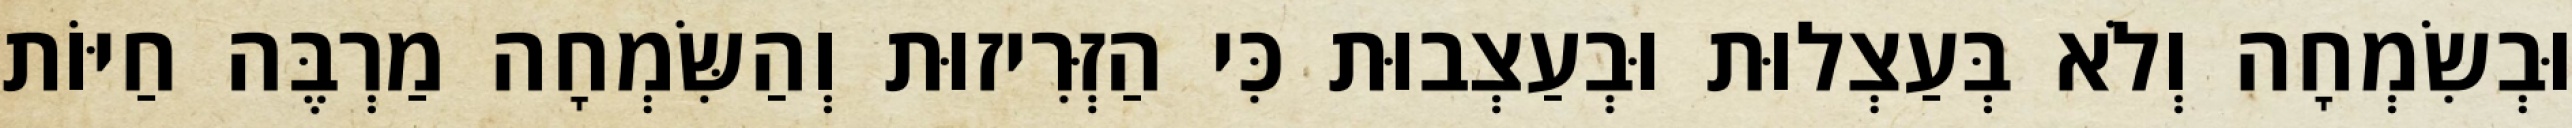
וּבְשִׂמְחָה וְלֹא בְּעַצְלוּת וּבְעַצְבוּת כִּי הַזְּרִיזוּת וְהַשִּׂמְחָה מַרְבֶּה חַיּוֹת